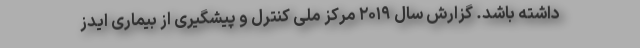
داشته باشد. گزارش سال ۲۰۱۹ مرکز ملی کنترل و پیشگیری از بیماری ایدز